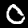
Digit: 0